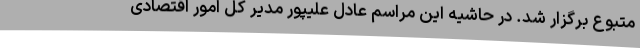
متبوع برگزار شد. در حاشیه این مراسم عادل علیپور مدیر کل امور اقتصادی